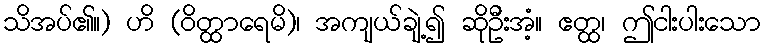
သိအပ်၏။) ဟိ (ဝိတ္ထာရေမိ)၊ အကျယ်ချဲ့၍ ဆိုဦးအံ့။ ဧတ္ထ၊ ဤငါးပါးသော